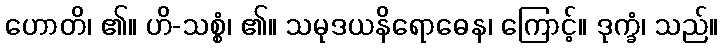
ဟောတိ၊ ၏။ ဟိ-သစ္စံ၊ ၏။ သမုဒယနိရောဓေန၊ ကြောင့်။ ဒုက္ခံ၊ သည်။